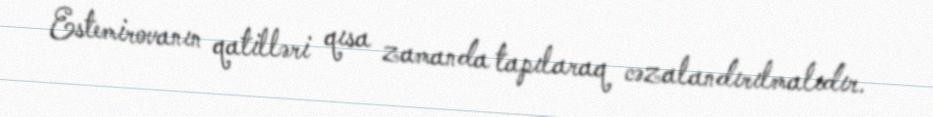
Estemirovanın qatilləri qısa zamanda tapılaraq cəzalandırılmalıdır.